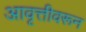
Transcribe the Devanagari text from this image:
आवृत्तीवरून